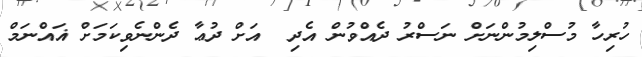
ހުރިހާ މުސްލިމުންނަށް ނަސްރު ދެއްވުން އެދި  އަށް ދުޢާ ދެންނެވިކަމަށް ޣައްނަމް